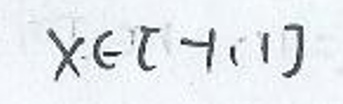
$x\in [-1,1]$